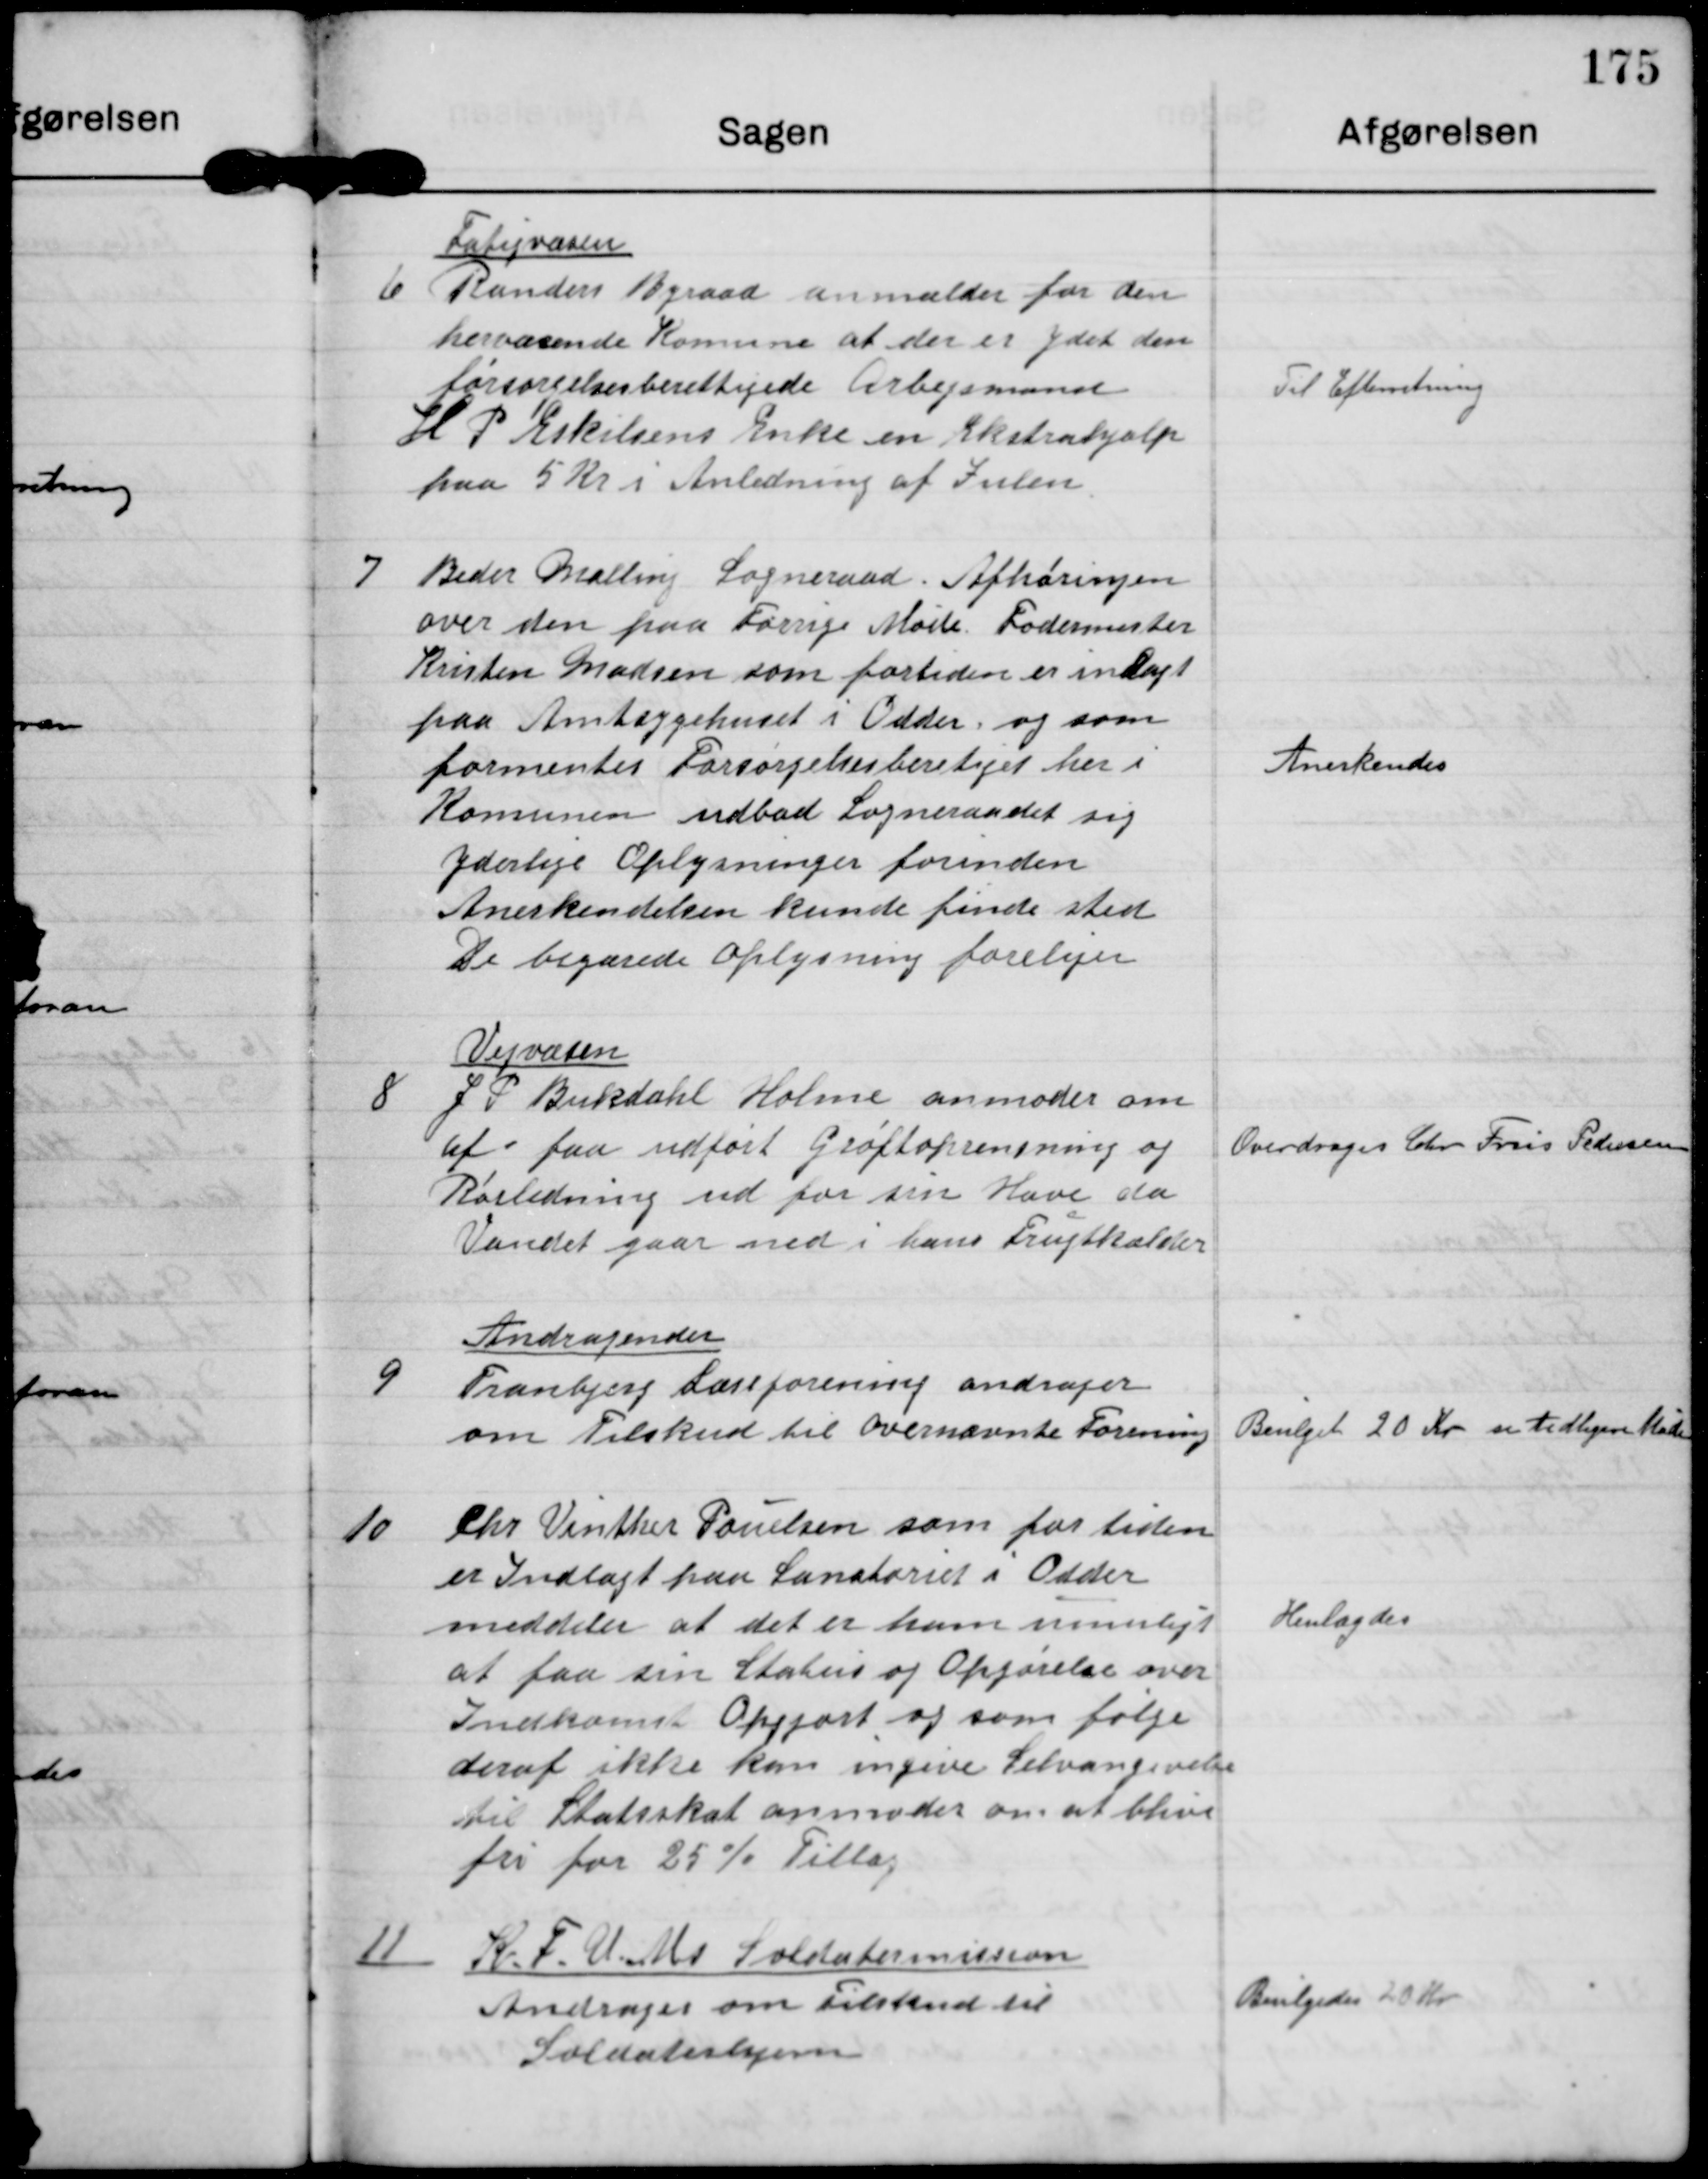
Transskription:
Fatigvæsen
6 Randers Byraad anmelder for den
herværende Kommune at der er ydet den
forsørgelsesberettigede Arbejsmand
H P Eskilsens Enke en Ekstrahjælp
paa 5 Kr i Anledning af Julen.

Til Efterretning

7 Beder Malling Sogneraad. Afhøringen
over den paa Forrige Møde Fodermester
Kristen Madsen som fortiden er indlagt
paa Amtsygehuset i Odder, og som
formentes Forsørgelsesberetiget her i
Komunen udbad Sogneraadet sig
yderlige Oplysninger forinden
Anerkendelsen kunde finde sted
De begærede Oplysning foreliger

Anderkendes

Vejvæsen
8 J P Bukdahl Holme anmoder om
at faa udført Grøftoprensning og
Rørledning ud for sin Have, da
Vandet gaar ned i hans Frugtkælder

Overdrages Chr. Friis Pedersen

Andragender
9
Tranbjerg Læseforening andrager
om Tilskud til overnævnte Forening

Bevilget 20 kr se tidligere Møde

10 Chr Vinther Poulsen som for tiden
er Indlagt paa Sanatoriet i Odder
meddeler, at det er ham umuligt
at faa sin Status og Opgørelse over
Indkomst Opgjort og som følge
deraf ikke kan ingive Selvangivelse
til Statsskat anmoder om at blive
fri for 25% Tillæg

Henlagdes

11 K.F.U.Ms Soldatermission
Andrager om Tilskud til
Soldaterhjem

Bevilgedes 20 Kr